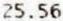
25.56